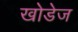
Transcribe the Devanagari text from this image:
खोडेज